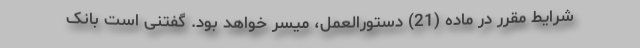
شرایط مقرر در ماده (21) دستورالعمل، میسر خواهد بود. گفتنی است بانک